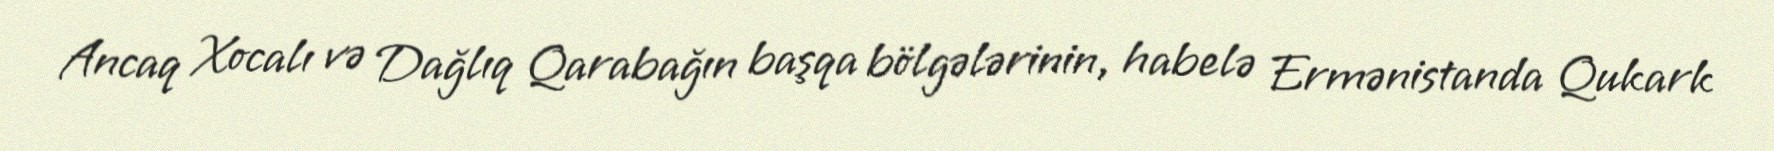
Ancaq Xocalı və Dağlıq Qarabağın başqa bölgələrinin, habelə Ermənistanda Qukark